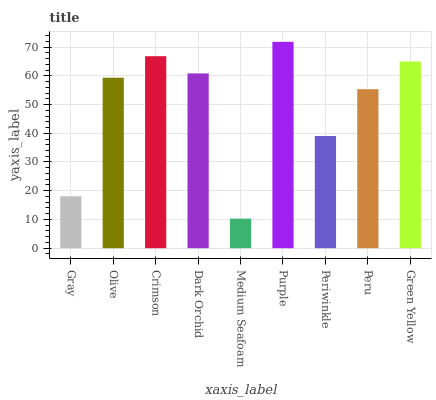
| xaxis_label | bars |
 | --- | --- |
 | Gray | 18.1 |
 | Olive | 59.3 |
 | Crimson | 66.8 |
 | Dark Orchid | 60.8 |
 | Medium Seafoam | 10.3 |
 | Purple | 71.8 |
 | Periwinkle | 39.1 |
 | Peru | 55.3 |
 | Green Yellow | 65 |